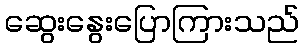
ဆွေးနွေးပြောကြားသည်